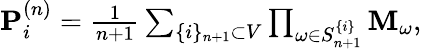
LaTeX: \begin{array}{r}{\mathbf{P}_{i}^{\left(n\right)}=\frac{1}{n+1}\sum_{\{ i\} _{n+1}\subset V}\prod_{\omega\in S_{n+1}^{\{ i\} }}\mathbf{M}_{\omega},}\end{array}